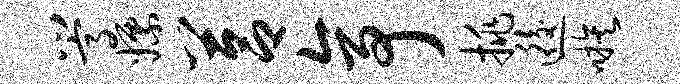
嵩嫖莒亭挑逅嗾